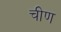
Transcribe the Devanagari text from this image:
चीण